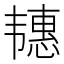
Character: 𬰶